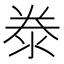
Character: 𣳾